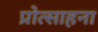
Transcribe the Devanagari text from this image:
प्रोत्साहना